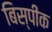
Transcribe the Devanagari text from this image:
बिस्पीक